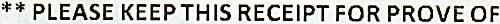
** PLEASE KEEP THIS RECEIPT FOR PROVE OF